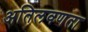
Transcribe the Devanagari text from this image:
अतिलवणता